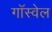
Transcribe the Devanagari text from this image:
गॉस्वेल